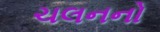
ચલનનો